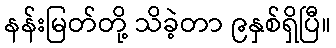
နန်းမြတ်တို့ သိခဲ့တာ ၉နှစ်ရှိပြီ။